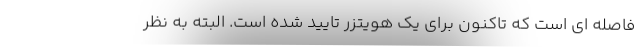
فاصله ای است که تاکنون برای یک هویتزر تایید شده است. البته به نظر